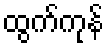
ထွက်ကုန်